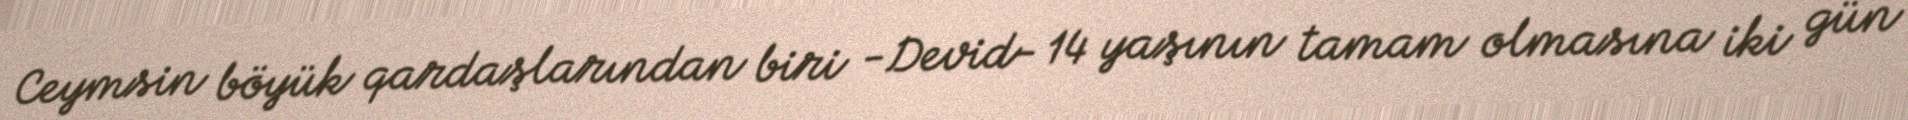
Ceymsin böyük qardaşlarından biri -Devid- 14 yaşının tamam olmasına iki gün